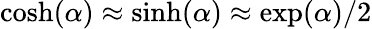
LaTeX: \cosh(\alpha)\approx\sinh(\alpha)\approx\exp(\alpha)/2